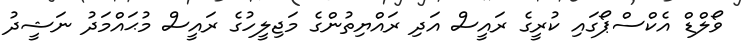
ވޯލްޑް އެކްސްޕޯގައި ކުރީގެ ރައީސް އަދި ރައްޔިތުންގެ މަޖިލީހުގެ ރައީސް މުޙައްމަދު ނަޝީދު